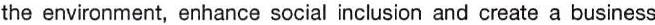
the environment, enhance social inclusion and create a business